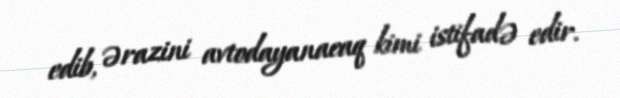
edib, ərazini avtodayanacaq kimi istifadə edir.